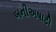
બનીઅષાઢી